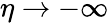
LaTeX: \eta\rightarrow-\infty